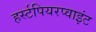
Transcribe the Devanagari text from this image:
हर्स्टपियरप्वाइंट